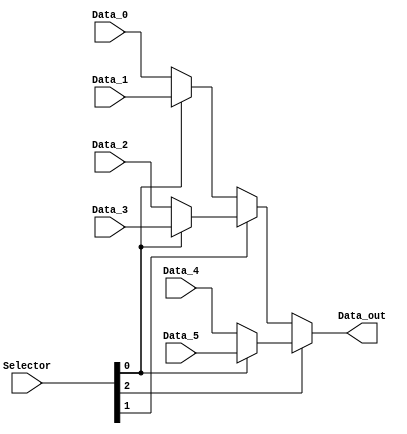
module mux_6x1 (
    input wire [31:0] Data_0,
    input wire [31:0] Data_1,
    input wire [31:0] Data_2,
    input wire [31:0] Data_3,
    input wire [31:0] Data_4,
    input wire [31:0] Data_5,

    input wire [2:0] Selector,
    output wire [31:0] Data_out

);
wire [31:0] A1, A2, A3;

assign A1 = (Selector[0]) ? Data_5 : Data_4;
assign A2 = (Selector[0]) ? Data_3 : Data_2;
assign A3 = (Selector[0]) ? Data_1 : Data_0;

assign Data_out = (Selector[2]) ? A1 :
                    (Selector[1]) ? A2 : A3;

    
endmodule